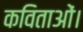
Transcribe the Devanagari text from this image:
कविताओं।